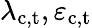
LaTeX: \lambda_{\mathrm{c,t}},\varepsilon_{\mathrm{c,t}}